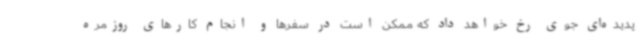
پدیده‌ای جوی رخ خواهد داد که ممکن است در سفرها و انجام کارهای روزمره